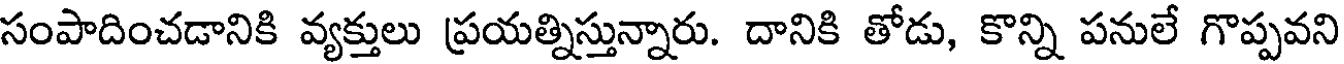
సంపాదించడానికి వ్యక్తులు ప్రయత్నిస్తున్నారు. దానికి తోడు, కొన్ని పనులే గొప్పవని